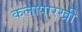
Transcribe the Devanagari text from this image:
कलापारखी